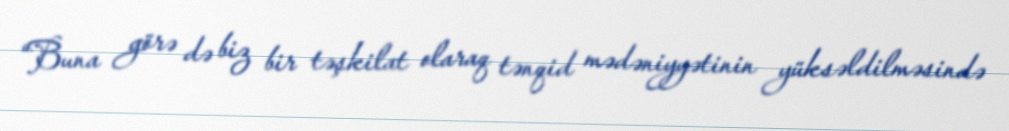
“Buna görə də biz bir təşkilat olaraq tənqid mədəniyyətinin yüksəldilməsində